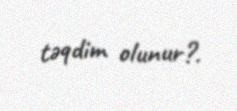
təqdim olunur?.